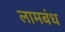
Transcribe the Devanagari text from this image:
लामबंध